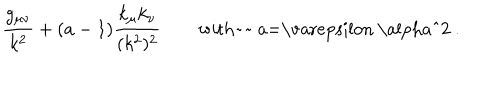
{ \frac { g _ { \mu \nu } } { k ^ { 2 } } } + ( a - 1 ) { \frac { k _ { \mu } k _ { \nu } } { ( k ^ { 2 } ) ^ { 2 } } } \quad \quad \mathrm { w i t h a = \ v a r e p s i l o n ~ \ a l p h a ^ { 2 } ~ . }